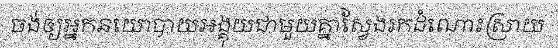
ចង់ឲ្យអ្នកនយោបាយអង្គុយជាមួយគ្នាស្វែងរកដំណោះស្រាយ